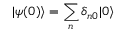
| \psi ( 0 ) \rangle = \sum _ { n } \delta _ { n 0 } | 0 \rangle